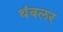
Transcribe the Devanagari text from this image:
थंबलर